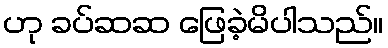
ဟု ခပ်ဆဆ ဖြေခဲ့မိပါသည်။